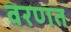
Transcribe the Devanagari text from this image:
वरणत